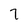
Character: 7